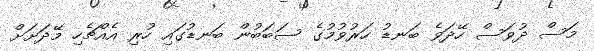
މަސް ދުވަސް ހޭދަވެ ބަނޑު ހަރުވުމުގެ ސަބަބުން ބަނޑުގައި ހުރި އެއްޗެހި މޭދަށަށް